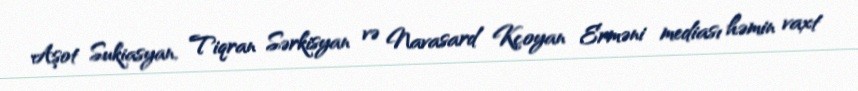
Aşot Sukiasyan, Tiqran Sərkisyan və Navasard Kçoyan Erməni mediası həmin vaxt